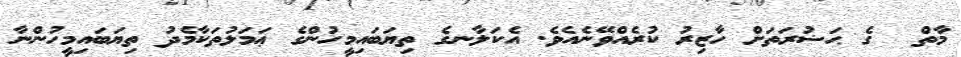
މާތް  ގެ ޙަޟުރަތަށް ހާޒިރު ކުރެއްވޭނެއެވެ. އެކަލާނގެ ތިޔަބައިމީހުންގެ ޢަމަލުތަކާމެދު ތިޔަބައިމީހުންނާ